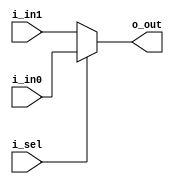
module mux2_assign(
	output o_out,
	input  i_sel,
	input  i_in0,
	input  i_in1
);

	assign o_out = i_sel ? i_in0 : i_in1;

endmodule

module mux2_if(
	output reg o_out,
 	input      i_sel,
	input      i_in0,
	input	   i_in1
);
	

	always @(*) begin
		if(i_sel == 0) begin
			o_out = i_in0;
		end
		else begin 
			o_out = i_in1;
		end
	end
endmodule


module mux2_case(
	output reg o_out,
 	input      i_sel,
	input      i_in0,
	input	   i_in1
);

	always @(*) begin
		case(i_sel)
			0: 		o_out = i_in0;
			1: 		o_out = i_in1;
		endcase
	end
endmodule